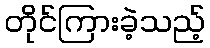
တိုင်ကြားခဲ့သည့်